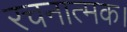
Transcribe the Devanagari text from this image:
रचनात्मक।